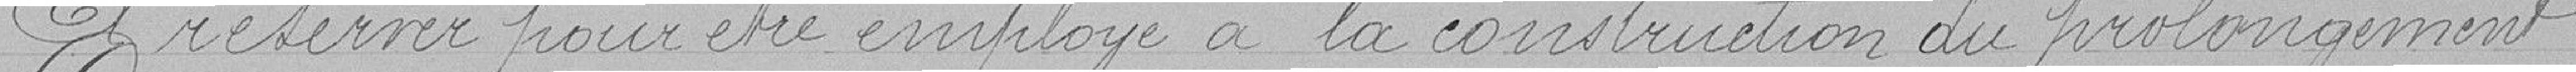
à réserver pour être employé à la construction du prolongement